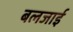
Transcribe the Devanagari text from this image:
बलजाई